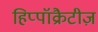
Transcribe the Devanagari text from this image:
हिप्पॉक्रैटीज़